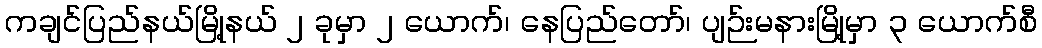
ကချင်ပြည်နယ်မြို့နယ် ၂ ခုမှာ ၂ ယောက်၊ နေပြည်တော်၊ ပျဉ်းမနားမြို့မှာ ၃ ယောက်စီ